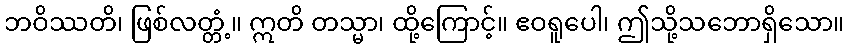
ဘဝိဿတိ၊ ဖြစ်လတ္တံ့။ ဣတိ တသ္မာ၊ ထို့ကြောင့်။ ဧဝရူပေါ၊ ဤသို့သဘောရှိသော။